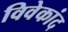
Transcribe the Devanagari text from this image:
विवेकांद